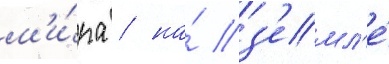
м'и́ра / на́ з'емл'е́